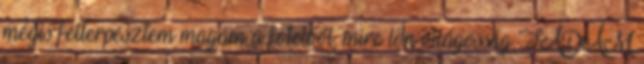
mégis felterpesztem magam a fotelből, mire lőn világosság TÁDÁM